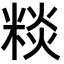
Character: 䊏